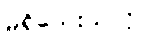
မရှိသေးသလို